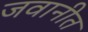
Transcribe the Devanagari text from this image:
जवानीत